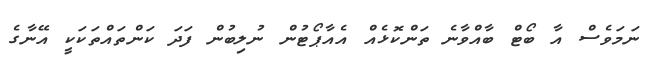
ނަމަވެސް އާ ބޯޓް ބާއްވާނެ ތަންކޮޅެއް އެއާޕޯޓުން ނުލިބުން ފަދަ ކަންތައްތަކަކީ އޭނާގެ